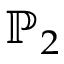
\mathbb { P } _ { 2 }